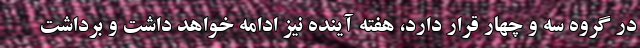
در گروه سه و چهار قرار دارد، هفته آینده نیز ادامه خواهد داشت و برداشت